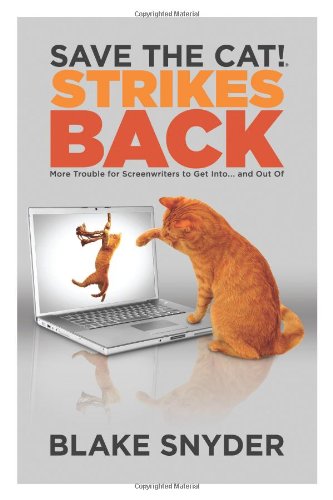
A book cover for Save the Cat!Â® Strikes Back: More Trouble for Screenwriters to Get into ... and Out of; Blake Snyder; Humor & Entertainment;